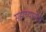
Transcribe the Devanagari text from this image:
सहाय्यानेही